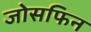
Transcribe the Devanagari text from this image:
जोसफिन